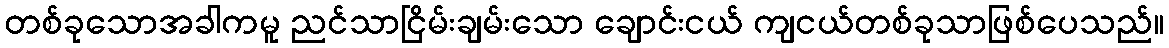
တစ်ခုသောအခါကမူ ညင်သာငြိမ်းချမ်းသော ချောင်းငယ် ကျငယ်တစ်ခုသာဖြစ်ပေသည်။